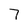
Character: 7